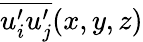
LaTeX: \overline{{u_{i}^{\prime}u_{j}^{\prime}}}(x,y,z)